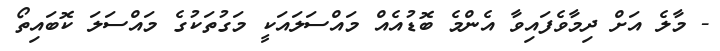
- މާލެ އަށް ދިމާވެފައިވާ އެންމެ ބޮޑުއެއް މައްސަލައަކީ މަގުތަކުގެ މައްސަލަ ކޮބައިތޯ